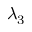
\lambda _ { 3 }